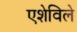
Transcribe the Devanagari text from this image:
एशेविले